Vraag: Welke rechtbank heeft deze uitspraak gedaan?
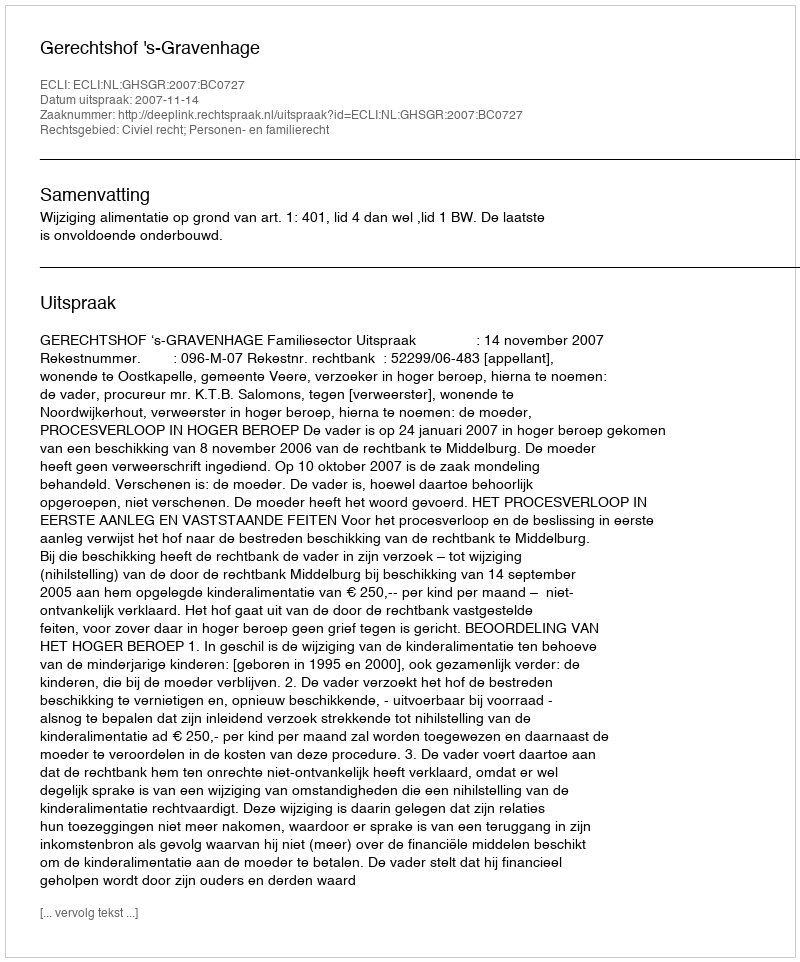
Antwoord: Gerechtshof 's-Gravenhage